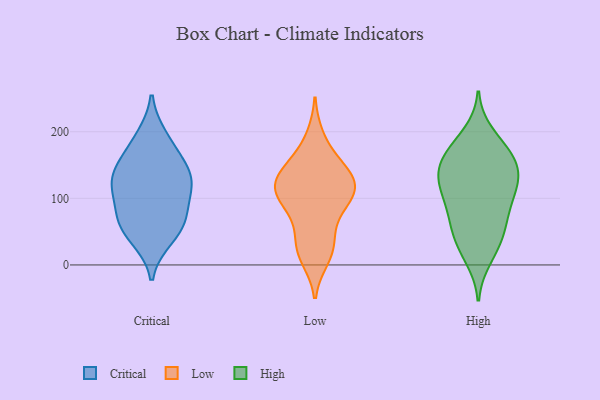
{"axis": {"x": "Waste Production (Tons)", "y": "Value"}, "legend": ["Critical", "High", "Low"], "data": [{"x": "", "y": 65, "type": "Critical"}, {"x": "", "y": 104, "type": "Critical"}, {"x": "", "y": 134, "type": "Critical"}, {"x": "", "y": 119, "type": "Critical"}, {"x": "", "y": 140, "type": "Critical"}, {"x": "", "y": 191, "type": "Critical"}, {"x": "", "y": 72, "type": "Critical"}, {"x": "", "y": 172, "type": "Critical"}, {"x": "", "y": 41, "type": "Critical"}, {"x": "", "y": 129, "type": "Critical"}, {"x": "", "y": 57, "type": "Critical"}, {"x": "", "y": 18, "type": "Low"}, {"x": "", "y": 155, "type": "Low"}, {"x": "", "y": 192, "type": "Low"}, {"x": "", "y": 43, "type": "Low"}, {"x": "", "y": 33, "type": "Low"}, {"x": "", "y": 112, "type": "Low"}, {"x": "", "y": 128, "type": "Low"}, {"x": "", "y": 124, "type": "Low"}, {"x": "", "y": 87, "type": "Low"}, {"x": "", "y": 84, "type": "Low"}, {"x": "", "y": 122, "type": "Low"}, {"x": "", "y": 153, "type": "Low"}, {"x": "", "y": 10, "type": "Low"}, {"x": "", "y": 96, "type": "Low"}, {"x": "", "y": 110, "type": "Low"}, {"x": "", "y": 131, "type": "Low"}, {"x": "", "y": 197, "type": "High"}, {"x": "", "y": 50, "type": "High"}, {"x": "", "y": 102, "type": "High"}, {"x": "", "y": 126, "type": "High"}, {"x": "", "y": 128, "type": "High"}, {"x": "", "y": 162, "type": "High"}, {"x": "", "y": 114, "type": "High"}, {"x": "", "y": 64, "type": "High"}, {"x": "", "y": 67, "type": "High"}, {"x": "", "y": 152, "type": "High"}, {"x": "", "y": 179, "type": "High"}, {"x": "", "y": 169, "type": "High"}, {"x": "", "y": 102, "type": "High"}, {"x": "", "y": 135, "type": "High"}, {"x": "", "y": 133, "type": "High"}, {"x": "", "y": 79, "type": "High"}, {"x": "", "y": 34, "type": "High"}, {"x": "", "y": 26, "type": "High"}, {"x": "", "y": 10, "type": "High"}, {"x": "", "y": 161, "type": "High"}]}